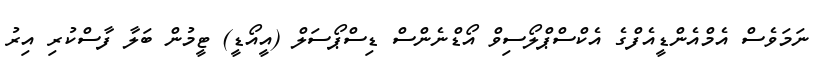
ނަމަވެސް އެމްއެންޑީއެފްގެ އެކްސްޕްލޯސިވް އޯޑްނެންސް ޑިސްޕޯސަލް (އީއޯޑީ) ޓީމުން ބަލާ ފާސްކުރި އިރު